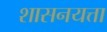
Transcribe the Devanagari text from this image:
शासनयत्ता